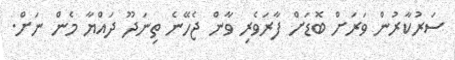
ސަރުކާރުން ވަރަށް ބޮޑަށް ފާރަވެރި ވާން ޖެހޭނެ ތިނަދޫ ދައްޔާ މެން ނަށް.